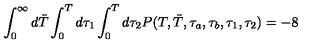
\int _ { 0 } ^ { \infty } d \bar { T } \int _ { 0 } ^ { T } d \tau _ { 1 } \int _ { 0 } ^ { T } d \tau _ { 2 } P ( T , \bar { T } , \tau _ { a } , \tau _ { b } , \tau _ { 1 } , \tau _ { 2 } ) = - 8 \quad